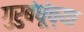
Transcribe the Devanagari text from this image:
गुरुबंधूंच्या